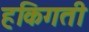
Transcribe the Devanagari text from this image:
हकिगती